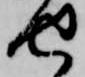
せ